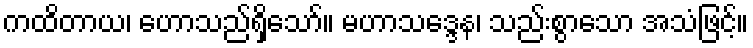
ကထိတာယ၊ ဟောသည်ရှိသော်။ မဟာသဒ္ဒေန၊ သည်းစွာသော အသံဖြင့်။